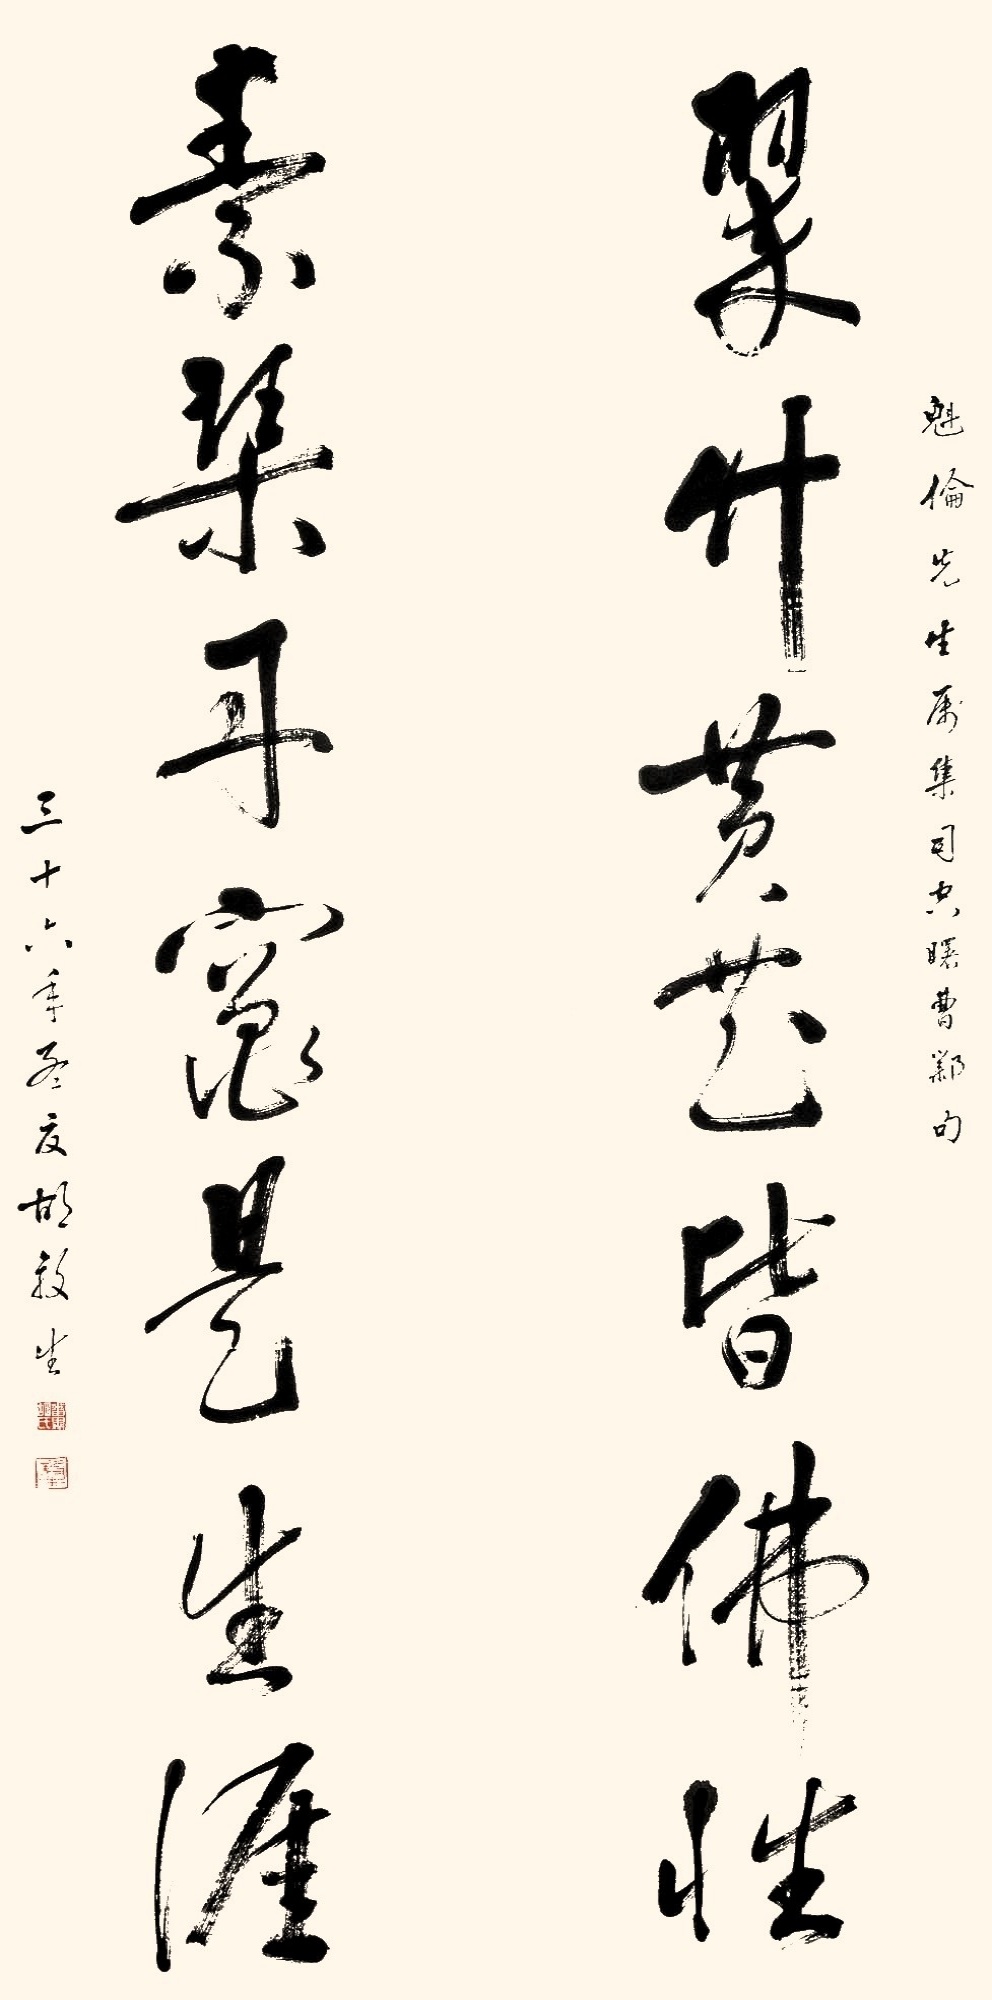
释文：翠竹黄花皆佛性，素琴丹灶是生涯。魁伦先生属，集司空曙曹邺句，三十六年孟夏，胡毅生。